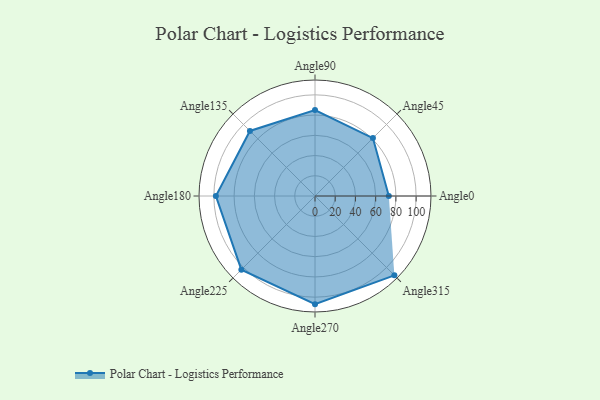
{"axis": {"x": "Angle", "y": "Radius"}, "legend": [""], "data": [{"x": "Angle0", "y": 73.0, "type": ""}, {"x": "Angle45", "y": 81.0, "type": ""}, {"x": "Angle90", "y": 85.0, "type": ""}, {"x": "Angle135", "y": 91.0, "type": ""}, {"x": "Angle180", "y": 98.0, "type": ""}, {"x": "Angle225", "y": 103.0, "type": ""}, {"x": "Angle270", "y": 107.0, "type": ""}, {"x": "Angle315", "y": 111.0, "type": ""}]}